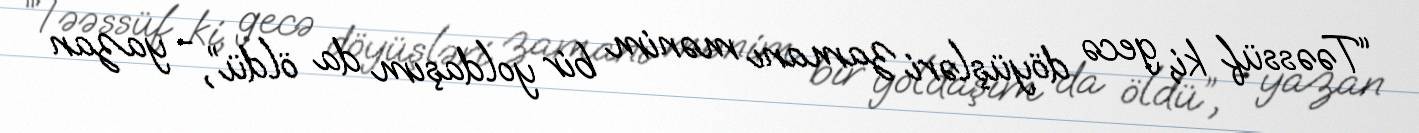
“Təəssüf ki, gecə döyüşləri zamanı mənim bir yoldaşım da öldü”, - yazan